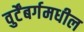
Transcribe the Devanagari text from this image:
वुर्टेंबर्गमधील